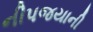
નીપજયાની